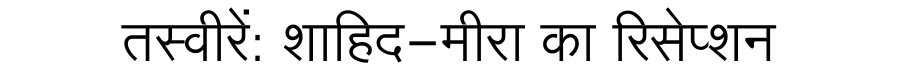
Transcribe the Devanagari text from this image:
तस्वीरें: शाहिद-मीरा का रिसेप्शन